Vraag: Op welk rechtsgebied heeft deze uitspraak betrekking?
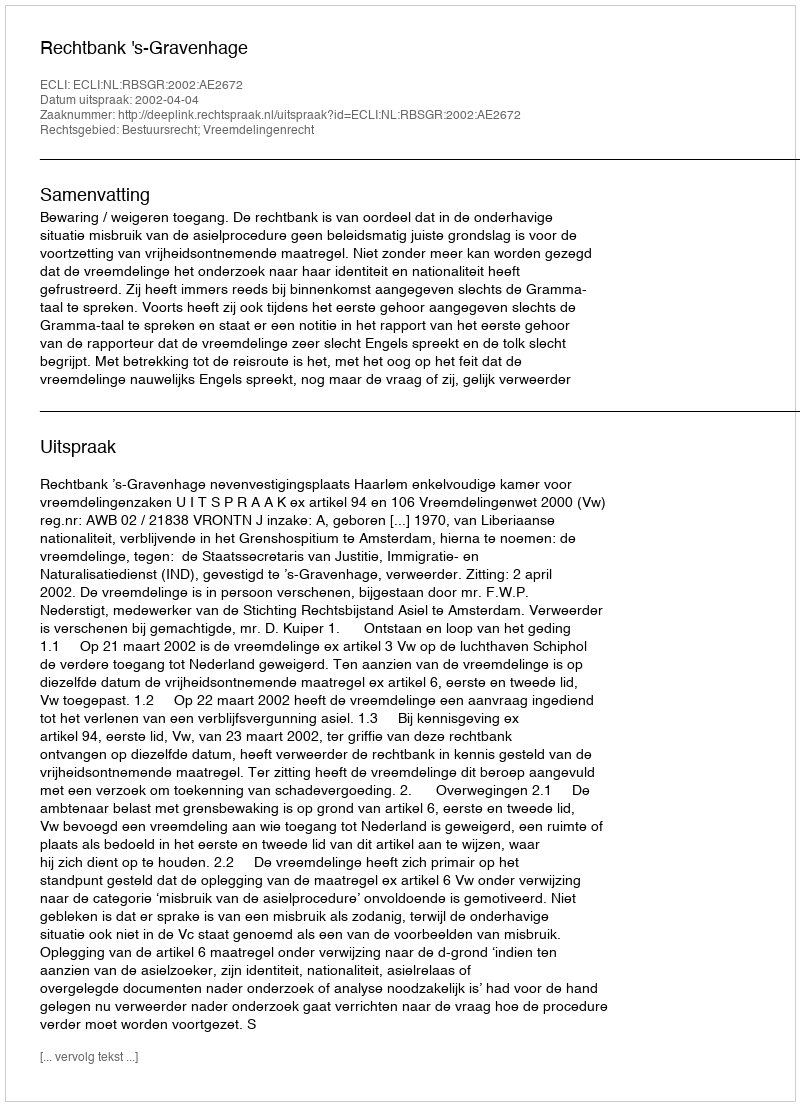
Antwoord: Bestuursrecht; Vreemdelingenrecht